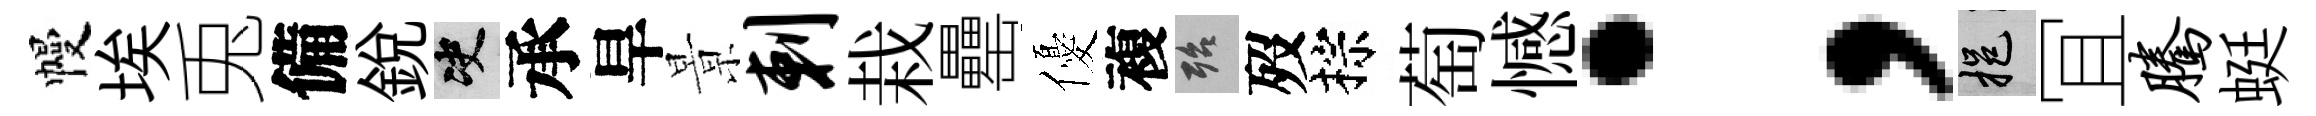
幔埃兎備銳决承旱㬌剌栽罍優複殆歿棕萄憾；挹冝腾蜓